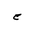
Letter: _ha